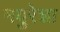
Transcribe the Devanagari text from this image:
मयुरेशा